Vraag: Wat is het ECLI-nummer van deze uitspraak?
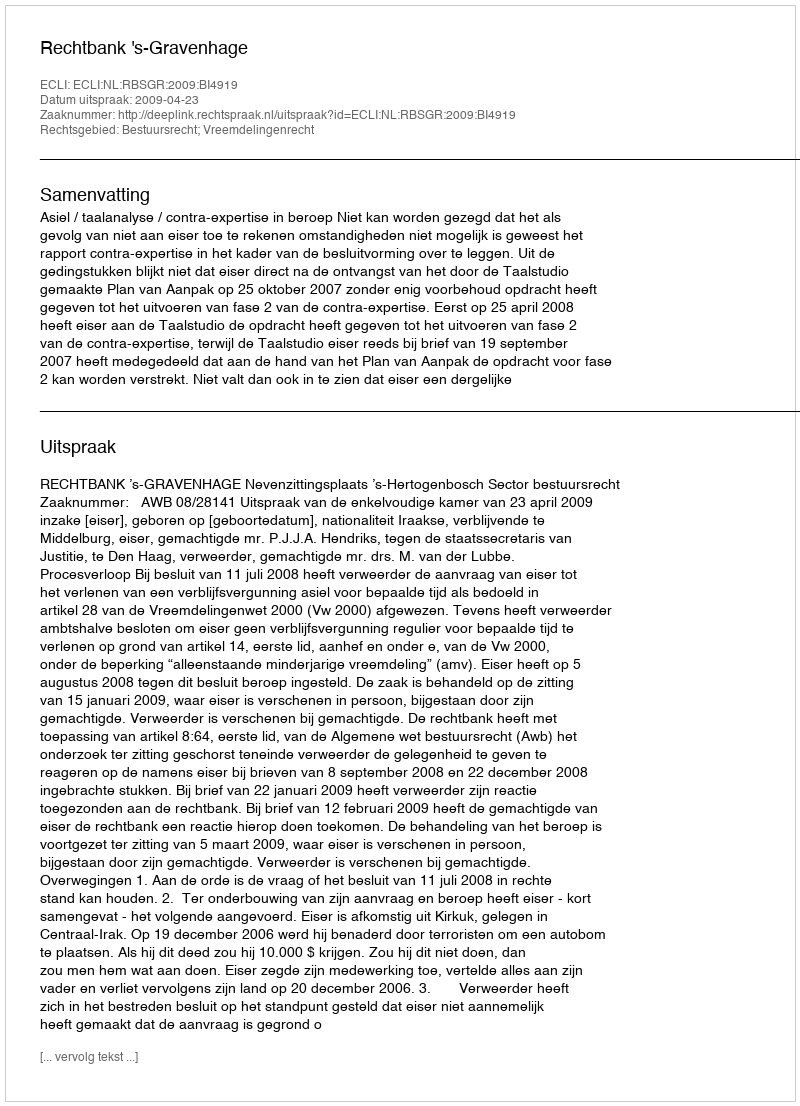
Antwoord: ECLI:NL:RBSGR:2009:BI4919